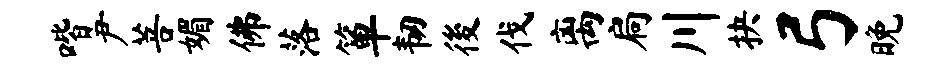
喈尹菩媚佛落箪韧後伐离扃川抉弓晚